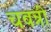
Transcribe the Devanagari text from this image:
चवन्नी